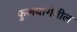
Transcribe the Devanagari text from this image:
फुलबागेतील